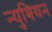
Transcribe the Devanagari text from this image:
न्युबियन